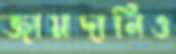
জামদানিও